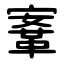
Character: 鞌